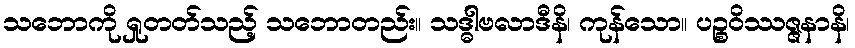
သဘောကို ရှုတတ်သည့် သဘောတည်း။ သဒ္ဓါဗလာဒီနိ၊ ကုန်သော။ ပဉ္စဝိဿဇ္ဇနာနိ၊